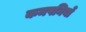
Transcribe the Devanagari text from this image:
कमपनियाँ